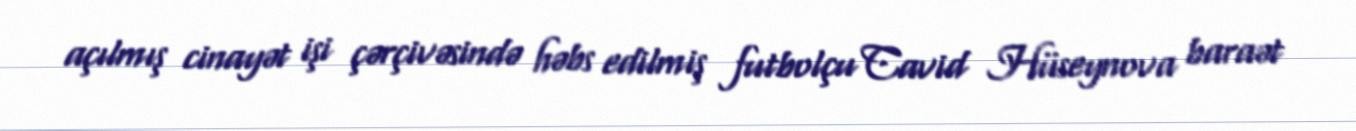
açılmış cinayət işi çərçivəsində həbs edilmiş futbolçu Cavid Hüseynova baraət